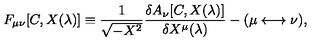
F _ { \mu \nu } [ C , X ( \lambda ) ] \equiv { \frac { 1 } { \sqrt { - X ^ { 2 } } } } { \frac { \delta A _ { \nu } [ C , X ( \lambda ) ] } { \delta X ^ { \mu } ( \lambda ) } } - ( \mu \longleftrightarrow \nu ) ,